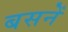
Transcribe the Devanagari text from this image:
बसनें